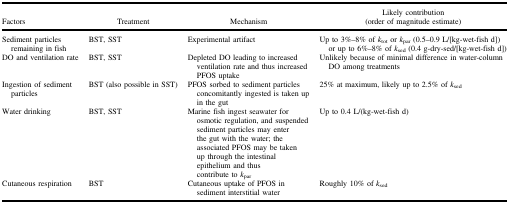
| Factors | Treatment | Mechanism | Likely contribution (order of magnitude estimate) |
 | --- | --- | --- | --- |
 | Sediment particles remaining in fish | BST, SST | Experimental artifact | Up to 3%–8% of ktot or kpar (0.5–0.9 L/[kg-wet-fish d]) or up to 6%–8% of ksed (0.4 g-dry-sed/[kg-wet-fish d]) |
 | DO and ventilation rate | BST, SST | Depleted DO leading to increased ventilation rate and thus increased PFOS uptake | Unlikely because of minimal difference in water-column DO among treatments |
 | Ingestion of sediment particles | BST (also possible in SST) | PFOS sorbed to sediment particles concomitantly ingested is taken up in the gut | 25% at maximum, likely up to 2.5% of ksed |
 | Water drinking | BST, SST | Marine fish ingest seawater for osmotic regulation, and suspended sediment particles may enter the gut with the water; the associated PFOS may be taken up through the intestinal epithelium and thus contribute to kpar | Up to 0.4 L/(kg-wet-fish d) |
 | Cutaneous respiration | BST | Cutaneous uptake of PFOS in sediment interstitial water | Roughly 10% of ksed |